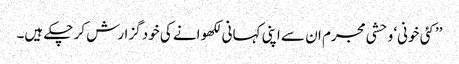
’’کئی خونی‘ وحشی مجرم ان سے اپنی کہانی لکھوانے کی خود گزارش کر چکے ہیں۔